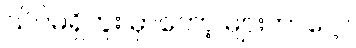
သိပ်မရှိဘူး မှာတော့ များတာပေါ့။